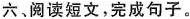
六、阅读短文,完成句子。